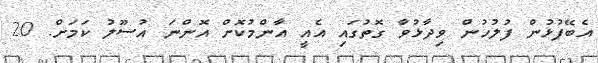
އެބޭފުޅުން ފުލުުހުން ވިދާޅުވާ ގޮތުގައި އެއީ އާންމުކޮށް އޮންނަ އުސޫލު ކަމަށް. 20